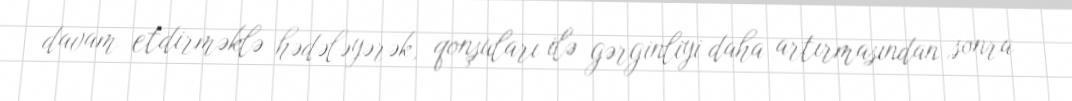
davam etdirməklə hədələyərək, qonşuları ilə gərginliyi daha artırmasından sonra